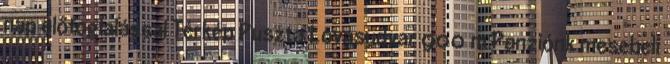
nap előfoglalással Térkép Puszta Lovasudvar 900 m Panziónk mesebeli